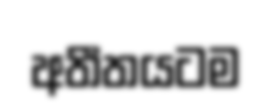
අතීතයටම